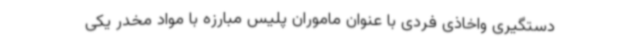
دستگیری واخاذی فردی با عنوان ماموران پلیس مبارزه با مواد مخدر یکی